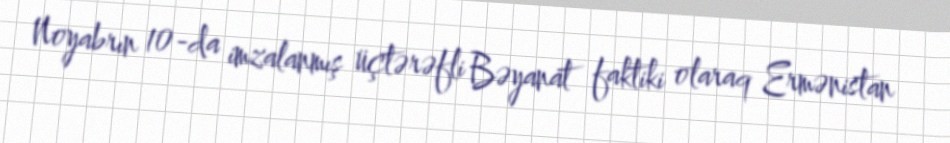
Noyabrın 10-da imzalanmış üçtərəfli Bəyanat faktiki olaraq Ermənistan